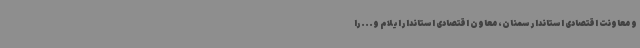
و معاونت اقتصادی استاندار سمنان، معاون اقتصادی استاندار ایلام و...را